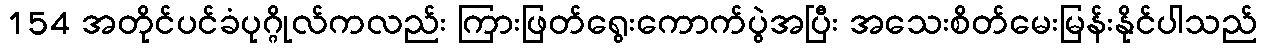
154 အတိုင်ပင်ခံပုဂ္ဂိုလ်ကလည်း ကြားဖြတ်ရွေးကောက်ပွဲအပြီး အသေးစိတ်မေးမြန်းနိုင်ပါသည်